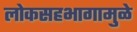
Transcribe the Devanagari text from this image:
लोकसहभागामुळे